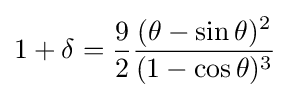
1+\delta ={\frac {9}{2}}{\frac {(\theta -\sin \theta )^{2}}{(1-\cos \theta )^{3}}}~